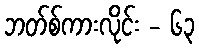
ဘတ်စ်ကားလိုင်း - ၆၃